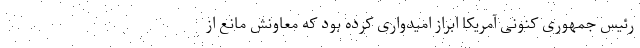
رئیس جمهوری کنونی آمریکا ابراز امیدواری کرده بود که معاونش مانع از